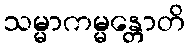
သမ္မာကမ္မန္တောတိ